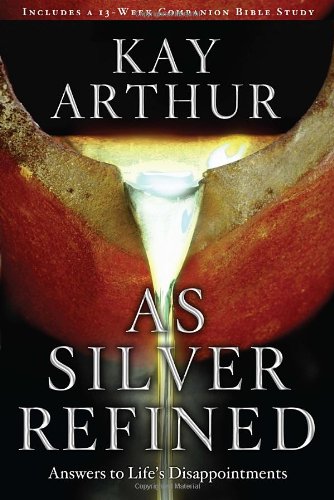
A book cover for As Silver Refined: Answers to Life's Disappointments; Kay Arthur; Christian Books & Bibles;